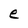
Character: e